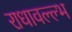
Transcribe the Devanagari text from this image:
राधावल्ल्भ